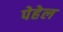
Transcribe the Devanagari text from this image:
पेहेल